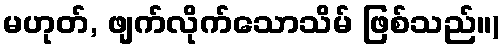
မဟုတ်, ဖျက်လိုက်သောသိမ် ဖြစ်သည်။)